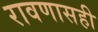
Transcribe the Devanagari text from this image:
रावणासही